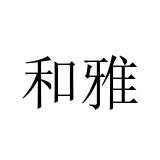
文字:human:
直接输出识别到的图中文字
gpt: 和雅